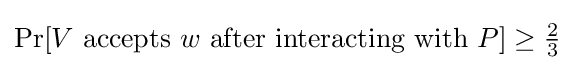
\Pr[V{\text{ accepts }}w{\text{ after interacting with }}P]\geq {\tfrac {2}{3}}